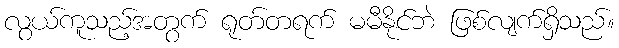
လွယ်ကူသည့်အတွက် ရုတ်တရက် မမီနိုင်ဘဲ ဖြစ်လျက်ရှိသည်။